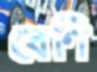
বেণি